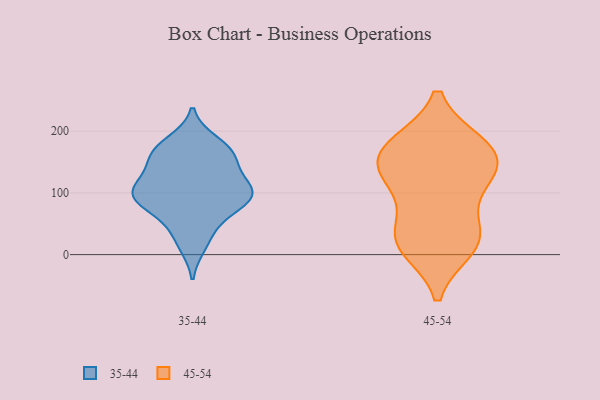
{"axis": {"x": "Backlog", "y": "Value"}, "legend": ["35-44", "45-54"], "data": [{"x": "", "y": 98, "type": "35-44"}, {"x": "", "y": 99, "type": "35-44"}, {"x": "", "y": 97, "type": "35-44"}, {"x": "", "y": 62, "type": "35-44"}, {"x": "", "y": 181, "type": "35-44"}, {"x": "", "y": 29, "type": "35-44"}, {"x": "", "y": 74, "type": "35-44"}, {"x": "", "y": 163, "type": "35-44"}, {"x": "", "y": 167, "type": "35-44"}, {"x": "", "y": 88, "type": "35-44"}, {"x": "", "y": 123, "type": "35-44"}, {"x": "", "y": 98, "type": "35-44"}, {"x": "", "y": 142, "type": "35-44"}, {"x": "", "y": 17, "type": "35-44"}, {"x": "", "y": 101, "type": "35-44"}, {"x": "", "y": 107, "type": "35-44"}, {"x": "", "y": 162, "type": "35-44"}, {"x": "", "y": 167, "type": "35-44"}, {"x": "", "y": 166, "type": "45-54"}, {"x": "", "y": 13, "type": "45-54"}, {"x": "", "y": 30, "type": "45-54"}, {"x": "", "y": 177, "type": "45-54"}, {"x": "", "y": 130, "type": "45-54"}, {"x": "", "y": 127, "type": "45-54"}, {"x": "", "y": 110, "type": "45-54"}, {"x": "", "y": 28, "type": "45-54"}, {"x": "", "y": 159, "type": "45-54"}, {"x": "", "y": 177, "type": "45-54"}, {"x": "", "y": 27, "type": "45-54"}]}